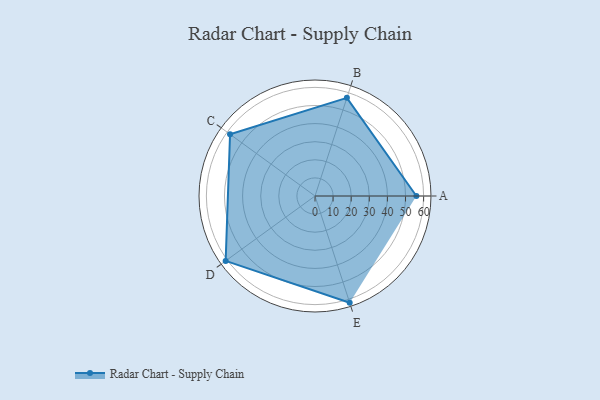
{"axis": {"x": "Skill", "y": "Score"}, "legend": ["Profile"], "data": [{"x": "A", "y": 56.0, "type": "Profile"}, {"x": "B", "y": 57.0, "type": "Profile"}, {"x": "C", "y": 58.0, "type": "Profile"}, {"x": "D", "y": 61.0, "type": "Profile"}, {"x": "E", "y": 62.0, "type": "Profile"}]}